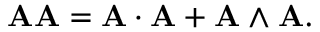
\mathbf { A } \mathbf { A } = \mathbf { A } \cdot \mathbf { A } + \mathbf { A } \wedge \mathbf { A } .